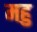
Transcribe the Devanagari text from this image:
महु